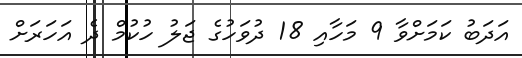
އަދަބު ކަމަށްވާ 9 މަހާއި 18 ދުވަހުގެ ޖަލު ހުކުމް ދެ އަހަރަށް